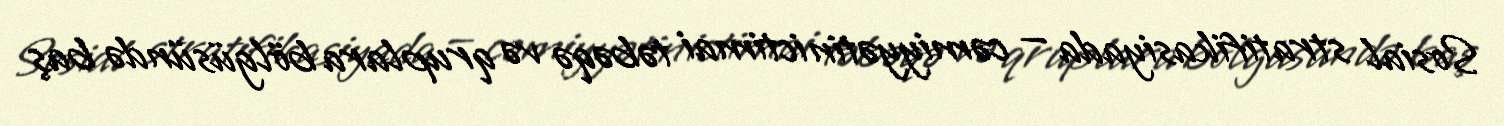
Sosial stratifikasiyada — cəmiyyətin ictimai təbəqə və qruplara bölgüsündə baş